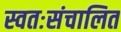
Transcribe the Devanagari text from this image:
स्वतःसंचालित